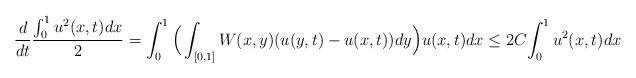
LaTeX: \begin{align*}\frac{d}{dt} \frac{\int_0^1 u^2(x,t) dx}{2}= \int_0^1 \Big( \int_{[0,1]} W(x,y) (u(y,t) - u(x,t)) dy \Big) u(x,t) dx\leq 2 C {\int_0^1 u^2(x,t) dx}\end{align*}